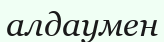
алдаумен